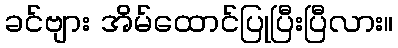
ခင်ဗျား အိမ်ထောင်ပြုပြီးပြီလား။